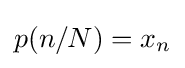
p(n/N)=x_{n}